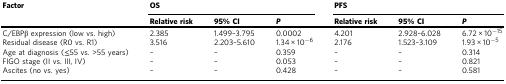
| Factor | <COLSPAN=3> OS | <COLSPAN=3> PFS |
 |  | Relative risk | 95% CI | P | Relative risk | 95% CI | P |
 | --- | --- | --- | --- | --- | --- | --- |
 | C/EBPβ expression (low vs. high) | 2.385 | 1.499–3.795 | 0.0002 | 4.201 | 2.928–6.028 | 6.72 × 10−15 |
 | Residual disease (R0 vs. R1) | 3.516 | 2.203–5.610 | 1.34 × 10−6 | 2.176 | 1.523–3.109 | 1.93 × 10−5 |
 | Age at diagnosis (≤55 vs. >55 years) | – | – | 0.359 | – | – | 0.314 |
 | FIGO stage (II vs. III, IV) | – | – | 0.053 | – | – | 0.821 |
 | Ascites (no vs. yes) | – | – | 0.428 | – | – | 0.581 |